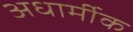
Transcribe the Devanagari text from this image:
अधार्मीक